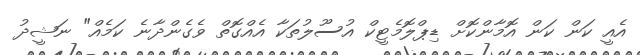
އެއީ ކަން ކަން އޮމާންކޮށް ޑިޕްލޮމެޓީކް އުސޫލުތަކާ އެއްގޮތް ވެގެންދާނެ ކަމެއް" ނަޝީދު